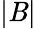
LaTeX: |\mathit{B}|